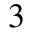
^ { 3 }